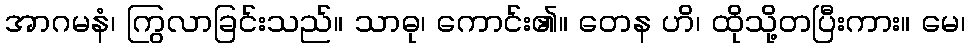
အာဂမနံ၊ ကြွလာခြင်းသည်။ သာဓု၊ ကောင်း၏။ တေန ဟိ၊ ထိုသို့တပြီးကား။ မေ၊